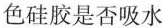
色硅胶是否吸水